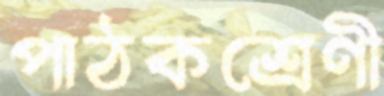
পাঠকশ্রেণী